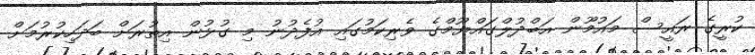
ކުރީގެ ރައީސް މައުމޫން އަބްދުލްގައްޔޫމްގެ ވެރިކަމުގައި އުފެދުނު މި ގުޅުން އިތުރަށް ބަދަހިކުރުމަށް